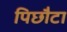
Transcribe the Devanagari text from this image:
पिछौटा